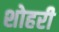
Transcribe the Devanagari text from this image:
शोहरी